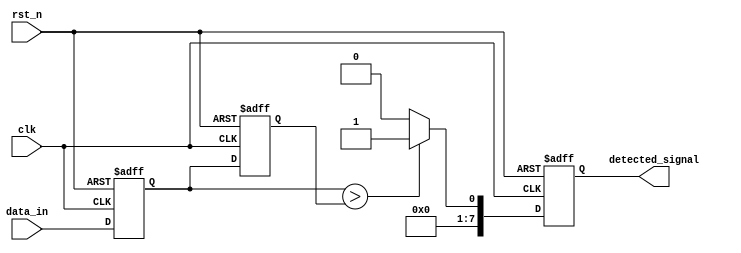
module DelayLineDetector #(
    parameter DELAY_LINE_LENGTH = 8,  // Number of memory blocks
    parameter DATA_WIDTH = 8           // Width of the input signal
)(
    input wire clk,                    // Clock signal
    input wire rst_n,                  // Active low reset
    input wire [DATA_WIDTH-1:0] data_in, // Input signal
    output reg [DATA_WIDTH-1:0] detected_signal // Output detected signal
);

// Memory blocks for delay line
reg [DATA_WIDTH-1:0] delay_line [0:DELAY_LINE_LENGTH-1];

// Shift the samples through the memory blocks
integer i;
always @(posedge clk or negedge rst_n) begin
    if (!rst_n) begin
        // Reset memory blocks
        for (i = 0; i < DELAY_LINE_LENGTH; i = i + 1) begin
            delay_line[i] <= 0;
        end
        detected_signal <= 0;
    end else begin
        // Shift samples through the delay line
        for (i = DELAY_LINE_LENGTH-1; i > 0; i = i - 1) begin
            delay_line[i] <= delay_line[i-1];
        end
        delay_line[0] <= data_in; // Store the new sample

        // Comparator logic (example: detect rising edge)
        if (delay_line[0] > delay_line[1]) begin
            detected_signal <= 1; // Signal detected
        end else begin
            detected_signal <= 0; // No signal detected
        end
    end
end

endmodule